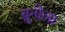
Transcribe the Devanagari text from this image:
ब्रुनोला